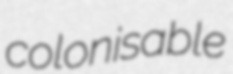
colonisable